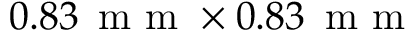
0 . 8 3 \, \textrm { m m } \times 0 . 8 3 \, \textrm { m m }